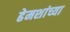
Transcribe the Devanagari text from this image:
ढेमशांच्या